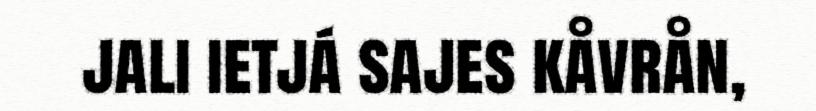
jali ietjá sajes kåvrån,